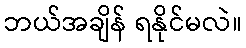
ဘယ်အချိန် ရနိုင်မလဲ။